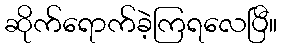
ဆိုက်ရောက်ခဲ့ကြရလေပြီ။